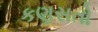
કણસતો